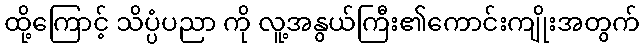
ထို့ကြောင့် သိပ္ပံပညာ ကို လူ့အနွယ်ကြီး၏ကောင်းကျိုးအတွက်